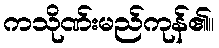
ကသိုဏ်းမည်ကုန်၏။